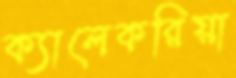
ক্যালেকরিয়া